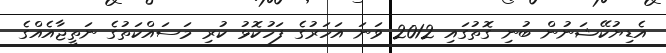
އެޑިޔުކޭޝަނުން ބުނި ގޮތުގައި 2012 ވަނަ އަހަރުގެ ފަހުކޮޅު ކުރި މަސައްކަތުގެ ނަތީޖާއެއްގެ